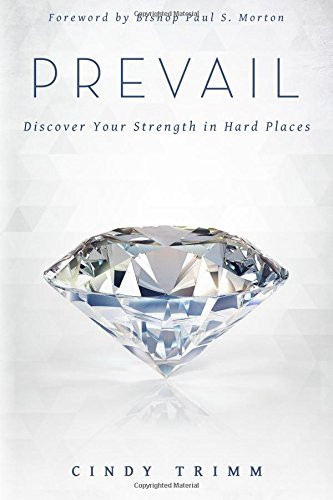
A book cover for Prevail: Discover Your Strength in Hard Places; Cindy Trimm; Christian Books & Bibles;